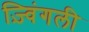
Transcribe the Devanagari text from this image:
ज़्विंगली